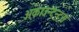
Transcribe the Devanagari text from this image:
अकाउन्टन्ट्स